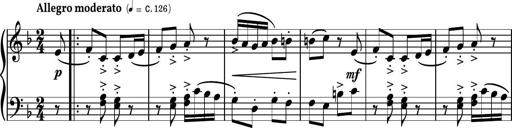
Title: Piano Sonatina II
Composer: Dimitri Sykias
Key: F major